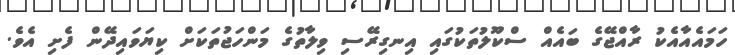
ހަމައެއާއެކު ރާއްޖޭގެ ބައެއް ސްކޫލުތަކުގައި އިނގިރޭސި ވިލާތުގެ މަންހަޖުތަކަށް ކިޔަވައިދޭން ފެށި އެވެ.